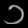
Digit: ၁